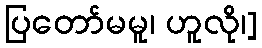
ပြတော်မမူ၊ ဟူလို၊]